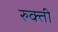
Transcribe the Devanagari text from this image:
रुक्ती